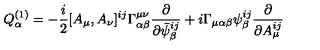
Q _ { \alpha } ^ { ( 1 ) } = - \frac { i } { 2 } [ A _ { \mu } , A _ { \nu } ] ^ { i j } \Gamma _ { \alpha \beta } ^ { \mu \nu } \frac { \partial } { \partial \bar { \psi } _ { \beta } ^ { i j } } + i \Gamma _ { \mu \alpha \beta } \psi _ { \beta } ^ { i j } \frac { \partial } { \partial A _ { \mu } ^ { i j } }